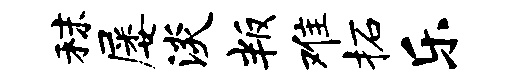
秣屡淡叛难柘乐